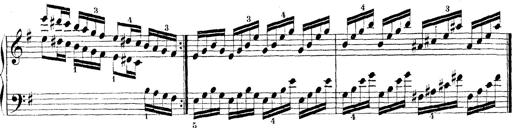
Title: Technische Studien
Composer: Franz Liszt